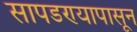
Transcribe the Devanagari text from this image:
सापडण्यापासून